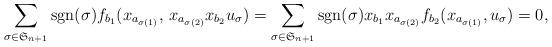
LaTeX: \begin{align*}\sum_{\sigma\in\mathfrak{S}_{n+1}}\mathrm{sgn}(\sigma)f_{b_{1}}(x_{a_{\sigma(1)}},\,x_{a_{\sigma(2)}}x_{b_{2}}u_{\sigma})=\sum_{\sigma\in\mathfrak{S}_{n+1}}\mathrm{sgn}(\sigma)x_{b_{1}}x_{a_{\sigma(2)}}f_{b_{2}}(x_{a_{\sigma(1)}},u_{\sigma})=0,\end{align*}